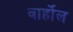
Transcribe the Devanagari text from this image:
वार्होल